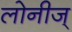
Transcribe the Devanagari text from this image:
लोनीज्